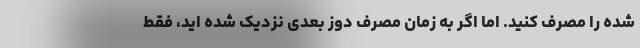
شده را مصرف کنید. اما اگر به زمان مصرف دوز بعدی نزدیک شده اید، فقط